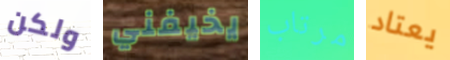
ولكن يخيفني مرتاب يعتاد